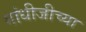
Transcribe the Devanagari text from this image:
गांधीजीच्या